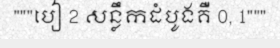
"""បៀ 2 សន្លឹកដំបូងគឺ 0, 1"""